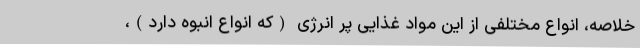
خلاصه، انواع مختلفی از این مواد غذایی پر انرژی (که انواع انبوه دارد)،